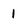
Character: i